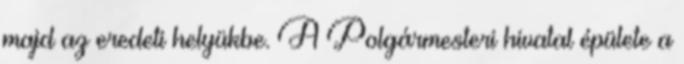
majd az eredeti helyükbe. A Polgármesteri hivatal épülete a